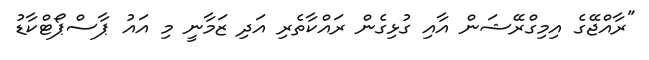
"ރާއްޖޭގެ އިމިގްރޭޝަން އާއި ގުޅިގެން ރައްކާތެރި އަދި ޒަމާނީ މި އައު ޕާސްޕޯޓްކާޑު